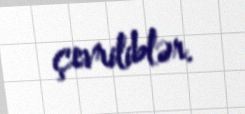
çevriliblər.